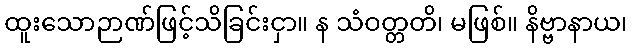
ထူးသောဉာဏ်ဖြင့်သိခြင်းငှာ။ န သံဝတ္တတိ၊ မဖြစ်။ နိဗ္ဗာနာယ၊